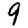
Digit: 9